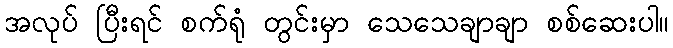
အလုပ် ပြီးရင် စက်ရုံ တွင်းမှာ သေသေချာချာ စစ်ဆေးပါ။